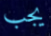
يجب